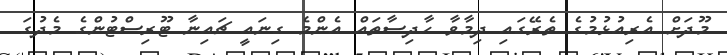
މޫދަށް އެރިއުޅުމުގެ ތެރޭގައި ދިމާވާ ހާދިސާތައް އެންމެ ގިނައީ ޗައިނާ ޓޫރިސްޓުންގެ މެދުގަ